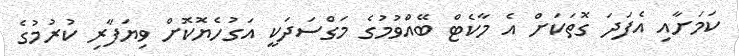
ކަމަށާއި އެފަދަ ގޮތަކަށް އެ މާކެޓް ބޭއްވުމުގެ މަގްސަދަކީ އަގުހެޔޮކޮށް ވިޔަފާރި ކުރުމުގެ